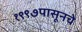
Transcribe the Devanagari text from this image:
१९९७पासूनचे